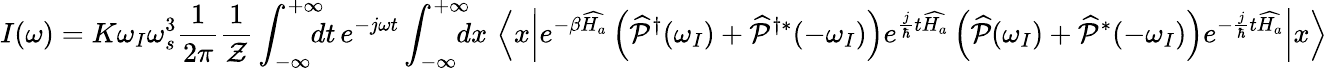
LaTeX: I(\omega)=K\omega_{I}\omega_{s}^{3}\frac{1}{2\pi}\frac{1}{\mathcal{Z}}\int_{-\infty}^{+\infty}\! \! \! \! dt\, e^{-j\omega t}\int_{-\infty}^{+\infty}\! \! \! \! dx\, \left<x\middle|e^{-\beta\widehat{H_{a}}}\left(\widehat{\mathcal{P}}^{\dagger}(\omega_{I})+\widehat{\mathcal{P}}^{\dagger*}(-\omega_{I})\right)e^{\frac{j}{\hbar}t\widehat{H_{a}}}\left(\widehat{\mathcal{P}}(\omega_{I})+\widehat{\mathcal{P}}^{*}(-\omega_{I})\right)e^{-\frac{j}{\hbar}t\widehat{H_{a}}}\middle|x\right>